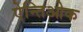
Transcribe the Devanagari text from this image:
ऐन्तिओक